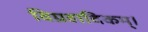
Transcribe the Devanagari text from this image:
विग्रहादिकम्।